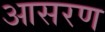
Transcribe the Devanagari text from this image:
आसरण